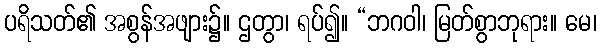
ပရိသတ်၏ အစွန်အဖျား၌။ ဌတွာ၊ ရပ်၍။ “ဘဂဝါ၊ မြတ်စွာဘုရား။ မေ၊